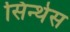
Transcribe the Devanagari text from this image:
सिन्थेस